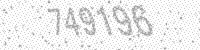
Solution: 749196